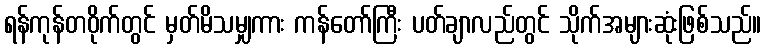
ရန်ကုန်တဝိုက်တွင် မှတ်မိသမျှကား ကန်တော်ကြီး ပတ်ချာလည်တွင် သိုက်အများဆုံးဖြစ်သည်။